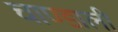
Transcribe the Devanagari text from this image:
चाण्डाली